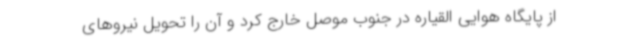
از پایگاه هوایی القیاره در جنوب موصل خارج کرد و آن را تحویل نیروهای